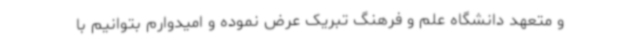
و متعهد دانشگاه علم و فرهنگ تبریک عرض نموده و امیدوارم بتوانیم با